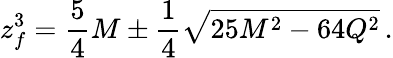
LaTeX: z_{f}^{3}={\frac{5}{4}}M\pm{\frac{1}{4}}\sqrt{25M^{2}-64Q^{2}}\, .